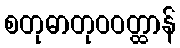
စတုဓာတုဝဝတ္ထာန်